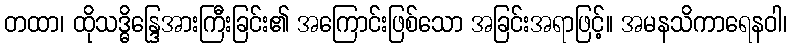
တထာ၊ ထိုသဒ္ဓိန္ဒြေအားကြီးခြင်း၏ အကြောင်းဖြစ်သော အခြင်းအရာဖြင့်။ အမနသိကာရေနဝါ၊